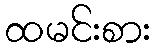
ထမင်းစား